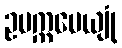
ဥပက္ကမေယျုံ